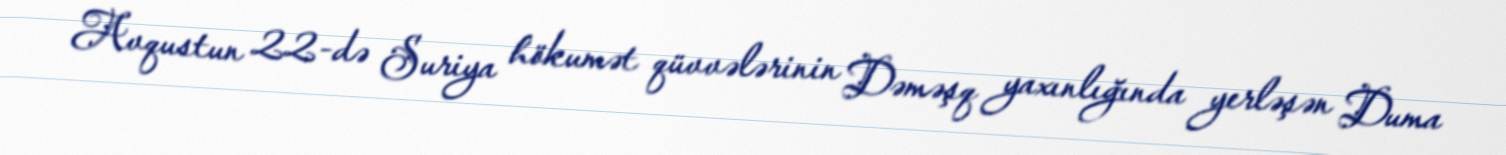
Avqustun 22-də Suriya hökumət qüvvələrinin Dəməşq yaxınlığında yerləşən Duma